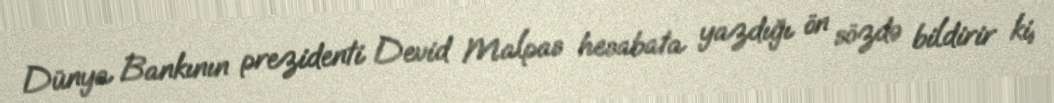
Dünya Bankının prezidenti Devid Malpas hesabata yazdığı ön sözdə bildirir ki,